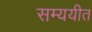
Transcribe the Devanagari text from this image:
सम्ययीत